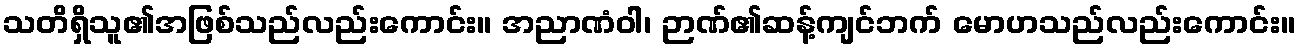
သတိရှိသူ၏အဖြစ်သည်လည်းကောင်း။ အညာဏံဝါ၊ ဉာဏ်၏ဆန့်ကျင်ဘက် မောဟသည်လည်းကောင်း။